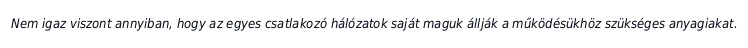
Nem igaz viszont annyiban, hogy az egyes csatlakozó hálózatok saját maguk állják a működésükhöz szükséges anyagiakat.